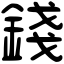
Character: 錢